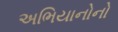
અભિયાનોનો